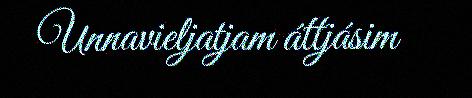
Unnavieljatjam áttjásim